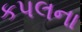
કપલના